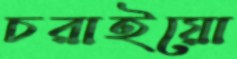
চরাইয়ো